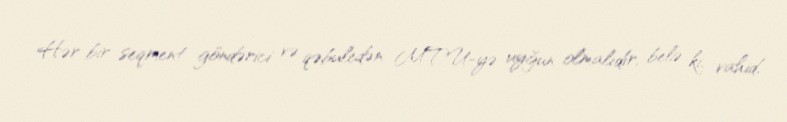
Hər bir seqment göndərici və qəbuledən MTU-yə uyğun olmalıdır, belə ki, vahid,